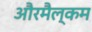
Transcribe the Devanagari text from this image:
औरमैल्कम